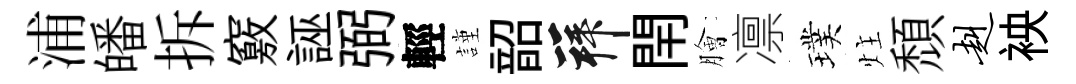
浦皤拆竅誣弼輕謹韶拜閈膾凛璞炷頹赳䘧